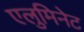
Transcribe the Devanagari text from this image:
एलुमिनेट